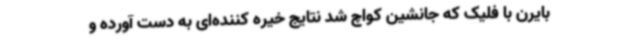
بایرن با فلیک که جانشین کواچ شد نتایج خیره کننده‌ای به دست آورده و